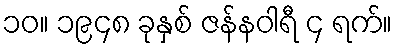
၁၀။ ၁၉၄၈ ခုနှစ် ဇန်နဝါရီ ၄ ရက်။